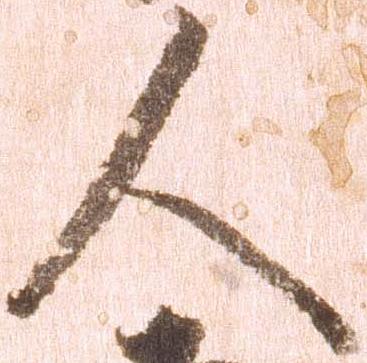
人